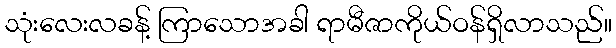
သုံးလေးလခန့် ကြာသောအခါ ရာမီဇာကိုယ်ဝန်ရှိလာသည်။